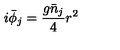
i \bar { \phi } _ { j } = \frac { g \bar { n } _ { j } } { 4 } r ^ { 2 }